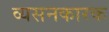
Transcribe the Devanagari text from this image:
व्यसनकारक